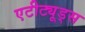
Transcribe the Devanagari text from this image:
एटीट्यूड्स